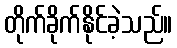
တိုက်ခိုက်နိုင်ခဲ့သည်။